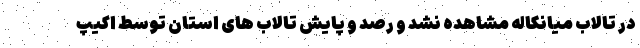
در تالاب میانکاله مشاهده نشد و رصد و پایش تالاب های استان توسط اکیپ